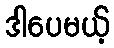
ဒါပေမယ့်